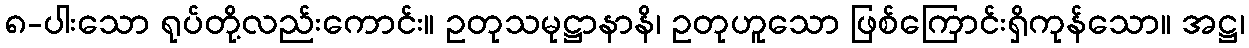
၈-ပါးသော ရုပ်တို့လည်းကောင်း။ ဥတုသမုဋ္ဌာနာနိ၊ ဥတုဟူသော ဖြစ်ကြောင်းရှိကုန်သော။ အဋ္ဌ၊